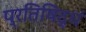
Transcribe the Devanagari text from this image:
प्रतिषिद्धं